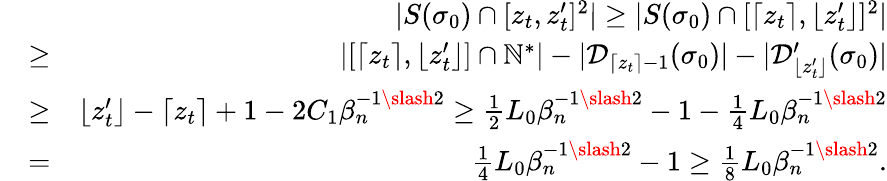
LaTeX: \begin{array}{rlr}&{}&{|S(\sigma_{0})\cap[z_{t},z_{t}^{\prime}]^{2}|\geq|S(\sigma_{0})\cap[\lceil z_{t}\rceil,\lfloor z_{t}^{\prime}\rfloor]^{2}|}\\ &{\geq}&{|[\lceil z_{t}\rceil,\lfloor z_{t}^{\prime}\rfloor]\cap\mathbb{N}^{*}|-|\mathcal{D}_{\lceil z_{t}\rceil-1}(\sigma_{0})|-|\mathcal{D}_{\lfloor z_{t}^{\prime}\rfloor}^{\prime}(\sigma_{0})|}\\ &{\geq}&{\lfloor z_{t}^{\prime}\rfloor-\lceil z_{t}\rceil+1-2C_{1}\beta_{n}^{-1\slash 2}\geq\frac{1}{2}L_{0}\beta_{n}^{-1\slash 2}-1-\frac{1}{4}L_{0}\beta_{n}^{-1\slash 2}}\\ &{=}&{\frac{1}{4}L_{0}\beta_{n}^{-1\slash 2}-1\geq\frac{1}{8}L_{0}\beta_{n}^{-1\slash 2}.}\end{array}